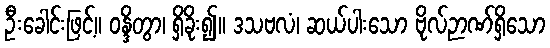
ဦးခေါင်းဖြင့်။ ဝန္ဒိတွာ၊ ရှိခိုး၍။ ဒသဗလံ၊ ဆယ်ပါးသော ဗိုလ်ဉာဏ်ရှိသော